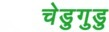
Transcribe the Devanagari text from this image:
चेडुगुडु